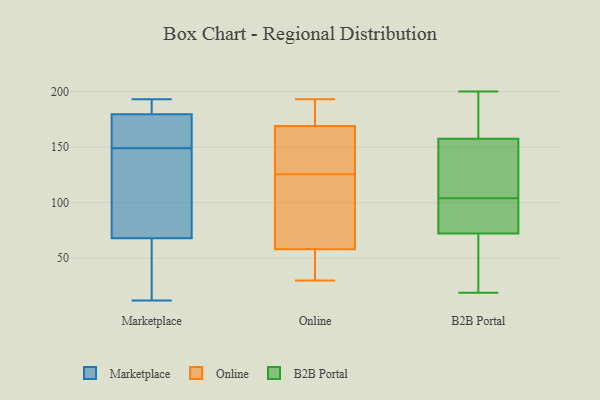
{"axis": {"x": "Bounce Rate (%)", "y": "Value"}, "legend": ["B2B Portal", "Marketplace", "Online"], "data": [{"x": "", "y": 149, "type": "Marketplace"}, {"x": "", "y": 193, "type": "Marketplace"}, {"x": "", "y": 155, "type": "Marketplace"}, {"x": "", "y": 154, "type": "Marketplace"}, {"x": "", "y": 182, "type": "Marketplace"}, {"x": "", "y": 153, "type": "Marketplace"}, {"x": "", "y": 183, "type": "Marketplace"}, {"x": "", "y": 107, "type": "Marketplace"}, {"x": "", "y": 172, "type": "Marketplace"}, {"x": "", "y": 189, "type": "Marketplace"}, {"x": "", "y": 53, "type": "Marketplace"}, {"x": "", "y": 12, "type": "Marketplace"}, {"x": "", "y": 77, "type": "Marketplace"}, {"x": "", "y": 33, "type": "Marketplace"}, {"x": "", "y": 127, "type": "Marketplace"}, {"x": "", "y": 123, "type": "Marketplace"}, {"x": "", "y": 193, "type": "Marketplace"}, {"x": "", "y": 65, "type": "Marketplace"}, {"x": "", "y": 35, "type": "Marketplace"}, {"x": "", "y": 58, "type": "Online"}, {"x": "", "y": 62, "type": "Online"}, {"x": "", "y": 180, "type": "Online"}, {"x": "", "y": 139, "type": "Online"}, {"x": "", "y": 53, "type": "Online"}, {"x": "", "y": 158, "type": "Online"}, {"x": "", "y": 135, "type": "Online"}, {"x": "", "y": 116, "type": "Online"}, {"x": "", "y": 30, "type": "Online"}, {"x": "", "y": 53, "type": "Online"}, {"x": "", "y": 181, "type": "Online"}, {"x": "", "y": 169, "type": "Online"}, {"x": "", "y": 193, "type": "Online"}, {"x": "", "y": 46, "type": "Online"}, {"x": "", "y": 102, "type": "Online"}, {"x": "", "y": 189, "type": "Online"}, {"x": "", "y": 168, "type": "Online"}, {"x": "", "y": 100, "type": "Online"}, {"x": "", "y": 98, "type": "B2B Portal"}, {"x": "", "y": 199, "type": "B2B Portal"}, {"x": "", "y": 59, "type": "B2B Portal"}, {"x": "", "y": 109, "type": "B2B Portal"}, {"x": "", "y": 104, "type": "B2B Portal"}, {"x": "", "y": 75, "type": "B2B Portal"}, {"x": "", "y": 200, "type": "B2B Portal"}, {"x": "", "y": 64, "type": "B2B Portal"}, {"x": "", "y": 146, "type": "B2B Portal"}, {"x": "", "y": 152, "type": "B2B Portal"}, {"x": "", "y": 96, "type": "B2B Portal"}, {"x": "", "y": 174, "type": "B2B Portal"}, {"x": "", "y": 30, "type": "B2B Portal"}, {"x": "", "y": 87, "type": "B2B Portal"}, {"x": "", "y": 182, "type": "B2B Portal"}, {"x": "", "y": 151, "type": "B2B Portal"}, {"x": "", "y": 19, "type": "B2B Portal"}]}